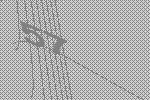
57